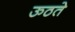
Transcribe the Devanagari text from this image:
ऊठते